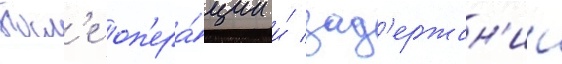
Посл'е оп'ера́ции и́ зад'ержан'ии